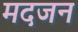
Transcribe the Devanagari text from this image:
मदजन